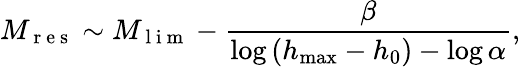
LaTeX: M_{\mathrm{~r~e~s~}}\sim M_{\mathrm{~l~i~m~}}-\frac{\beta}{\log\left(h_{\operatorname*{max}}-h_{0}\right)-\log\alpha},